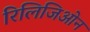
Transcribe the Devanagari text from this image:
रिलिजिओन